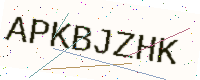
Text: APKBJZHK